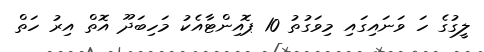
ލީގުގެ ހަ ވަނައިގައި މިވަގުތު 10 ޕޮއިންޓާއެކު މަހިބަދޫ އޮތް އިރު ހަތް